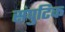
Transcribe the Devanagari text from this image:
संपुटिक